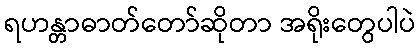
ရဟန္တာဓာတ်တော်ဆိုတာ အရိုးတွေပါပဲ